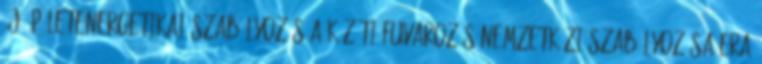
új épületenergetikai szabályozás A közúti fuvarozás nemzetközi szabályozása ERA